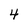
Character: 4